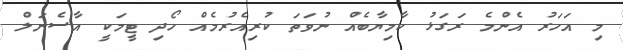
މި އަހަރު އެންމެ ރަގަޅު ކާމިޔާބެއް ނުވަތަ ކުރިއެރުމެއް ހޯދި ޓީމަކީ އާސެނަލް